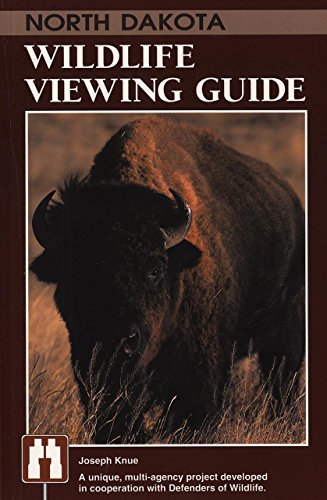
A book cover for North Dakota Wildlife Viewing Guide (Wildlife Viewing Guides Series); Joseph Knue; Travel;